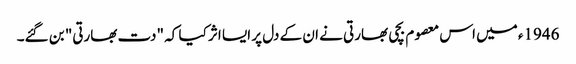
1946ء میں اس معصوم بچی بھارتی نے ان کے دل پر ایسا اثر کیا کہ "دت بھارتی" بن گئے۔